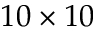
1 0 \times 1 0